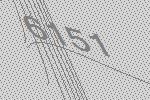
6151